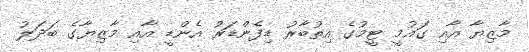
މާޒިޔާ އާއި ގައުމީ ޓީމުގެ އިތުބާރު ޑިފެންޑަރު އެންޑީ އާއި މާޒިޔާގެ ބަދަލު